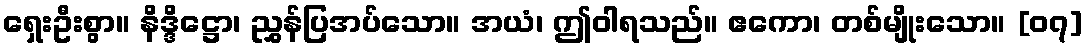
ရှေးဦးစွာ။ နိဒ္ဒိဋ္ဌော၊ ညွှန်ပြအပ်သော။ အယံ၊ ဤဝါရသည်။ ဧကော၊ တစ်မျိုးသော။ [၀၇]